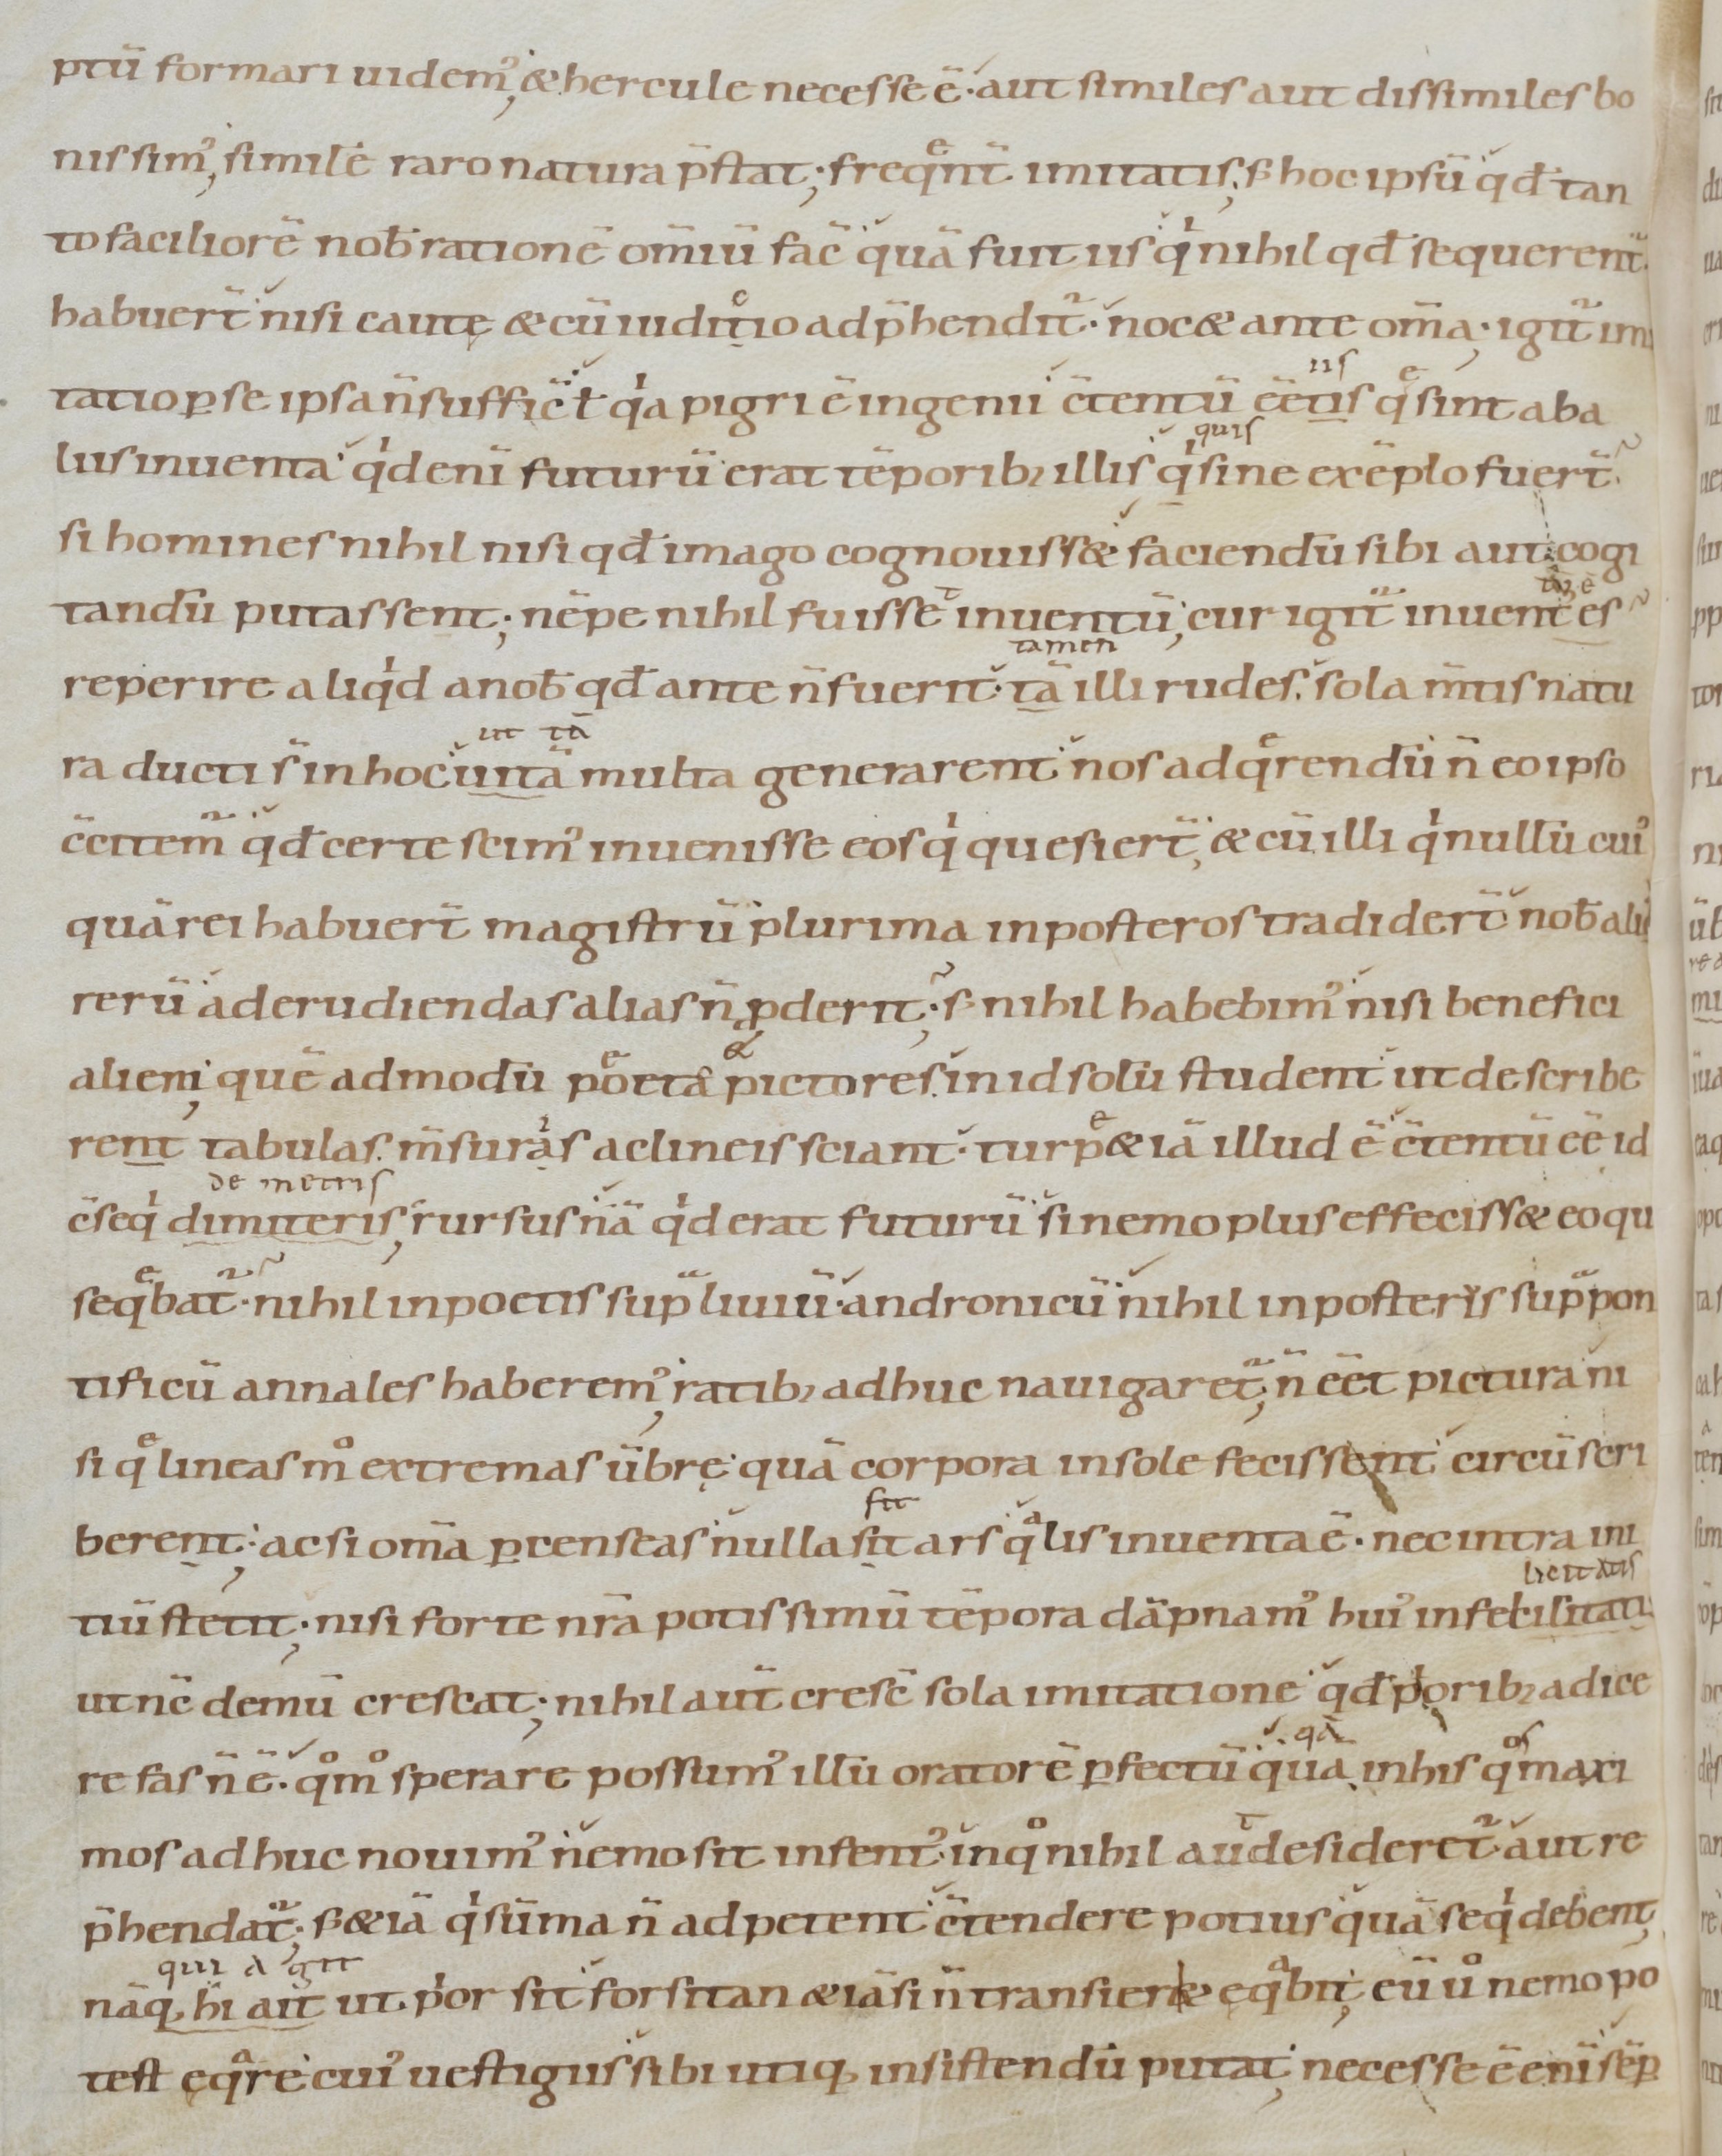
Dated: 900–1099